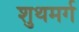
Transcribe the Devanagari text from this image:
शुथमर्ग